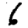
Digit: 6